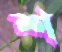
শ